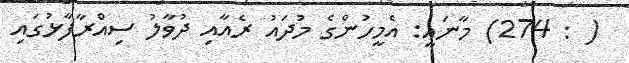
( : 274) މާނައީ: އެމީހުންގެ މުދައު ރެއާއި ދުވާލު ސިއްރާފާޅުގައި